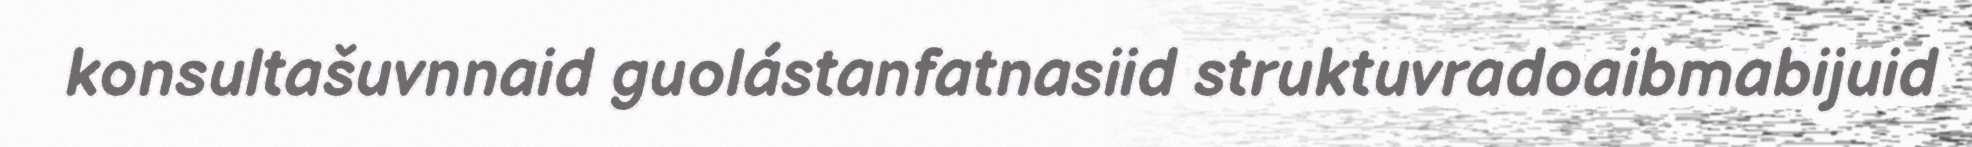
konsultašuvnnaid guolástanfatnasiid struktuvradoaibmabijuid